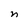
Character: n